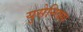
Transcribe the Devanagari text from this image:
युसेनिक्स